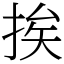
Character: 挨